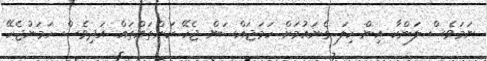
ނަމަވެސް ލަންކާ އިން ހިލަ ގެނައުމަށް ހަމަޖައްސަން ޖެހޭ ކަންތައްތައް އަދިވެސް ހަމަނުޖެހޭ